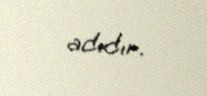
adıdır.